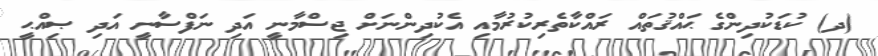
(ދ) ކުޑަކުދިންގެ ޙައްޤުތައް ރައްކާތެރިކުރުމާއި އެކުދިންނަށް ޖިސްމާނީ އަދި ނަފްސާނީ އަދި ޞިއްޙީ